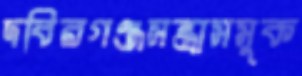
দবিরগঞ্জসন্ত্রাসমুক